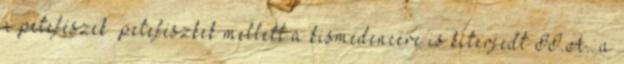
a petefészek petefészkek mellett a kismedencére is kiterjedt II.A.: a